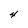
Character: 4